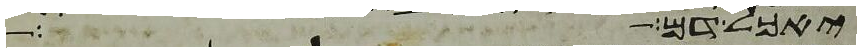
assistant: יאכל דם